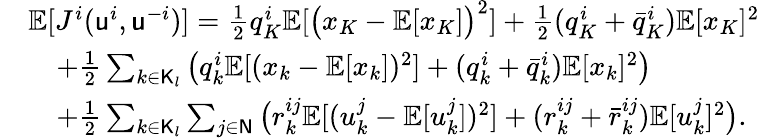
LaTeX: \begin{array}{rl}&{\mathbb{E}[J^{i}(\mathsf{u}^{i},\mathsf{u}^{-i})]=\frac{1}{2}q_{K}^{i}\mathbb{E}[\big(x_{K}-\mathbb{E}[x_{K}]\big)^{2}]+\frac{1}{2}(q_{K}^{i}+\bar{q}_{K}^{i})\mathbb{E}[x_{K}]^{2}}\\ &{\quad+\frac{1}{2}\sum_{k\in\mathsf{K}_{l}}\big(q_{k}^{i}\mathbb{E}[(x_{k}-\mathbb{E}[x_{k}])^{2}]+(q_{k}^{i}+\bar{q}_{k}^{i})\mathbb{E}[x_{k}]^{2}\big)}\\ &{\quad+\frac{1}{2}\sum_{k\in\mathsf{K}_{l}}\sum_{j\in\mathsf{N}}\big(r_{k}^{ij}\mathbb{E}[(u_{k}^{j}-\mathbb{E}[u_{k}^{j}])^{2}]+(r_{k}^{ij}+\bar{r}_{k}^{ij})\mathbb{E}[u_{k}^{j}]^{2}\big).}\end{array}